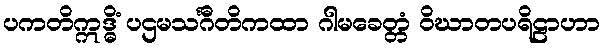
ပကတိဣဒ္ဓိံ ပဌမသင်္ဂီတိကထာ ဂါမခေတ္တံ ဝိဃာတပရိဠာဟာ